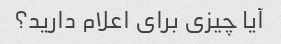
آیا چیزی برای اعلام دارید؟